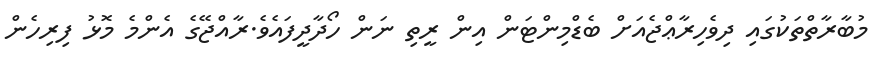
މުބާރާތްތަކުގައި ދިވެހިރާޢްޖެއަށް ބެޑްމިންޓަން އިން ރީތި ނަން ހޯދާދީފައެވެ.ރާއްޖޭގެ އެންމެ މޮޅު ފިރިހެން